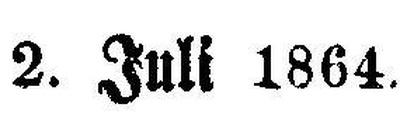
2. Juli 1864.